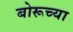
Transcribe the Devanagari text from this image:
बोरूच्या